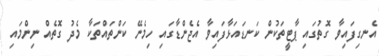
އެނގިފައިވާ ގޮތުގައި ޕާޓީތަކުން ކަނޑައަޅާފައިވާ އެޖެންޑާގައި ހިމެނޭ ކަންތައްތަކާ މެދު ގޮތެއް ނިންމައި